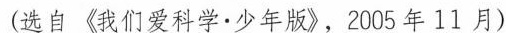
(选自《我们爱科学·少年版》，2005年11月)